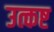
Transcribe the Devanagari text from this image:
उत्कष्ट